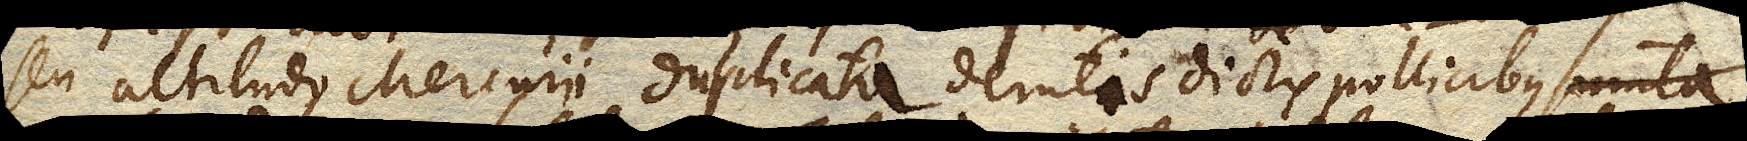
seu altitudo Mercurii duplicata demtis dictis pollicibus sumta